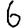
Digit: 6